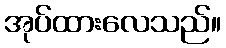
အုပ်ထားလေသည်။